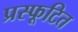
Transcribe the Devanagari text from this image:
प्रस्फूटित